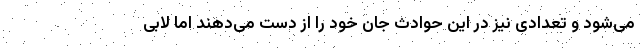
می‌شود و تعدادی نیز در این حوادث جان خود را از دست می‌دهند اما لابی